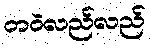
တဝဲလည်လည်